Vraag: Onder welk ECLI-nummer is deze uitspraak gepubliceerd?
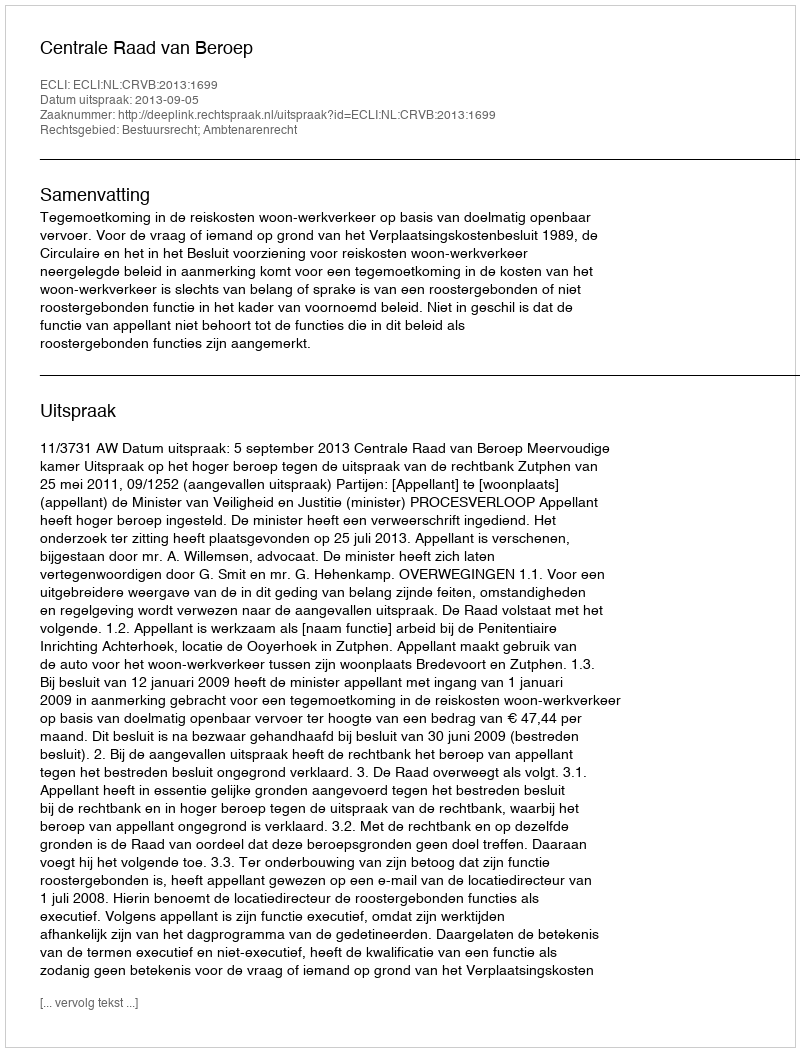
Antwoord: ECLI:NL:CRVB:2013:1699